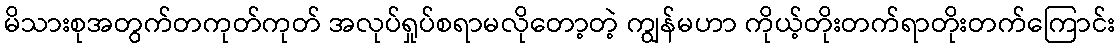
မိသားစုအတွက်တကုတ်ကုတ် အလုပ်ရှုပ်စရာမလိုတော့တဲ့ ကျွန်မဟာ ကိုယ့်တိုးတက်ရာတိုးတက်ကြောင်း